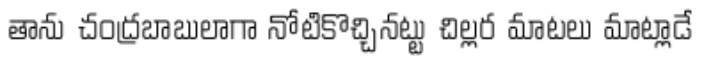
తాను చంద్రబాబులాగా నోటికొచ్చినట్టు చిల్లర మాటలు మాట్లాడే